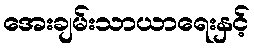
အေးချမ်းသာယာရေးနှင့်